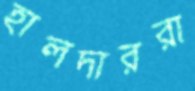
হালদাররা